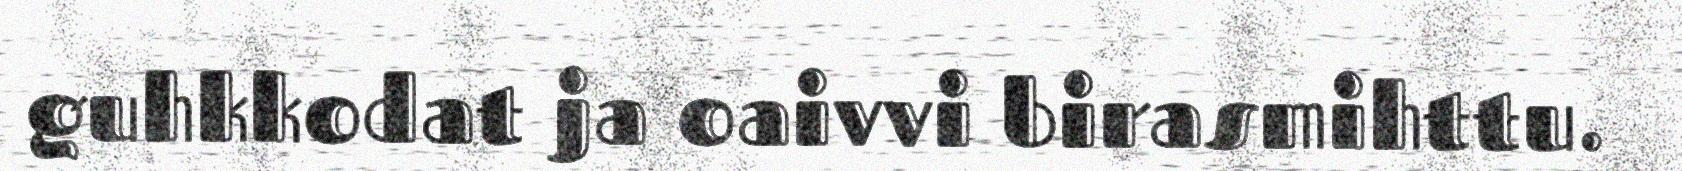
guhkkodat ja oaivvi birasmihttu.